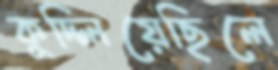
কুদ্‌লিয়েছিলে